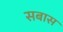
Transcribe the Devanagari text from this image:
सबास